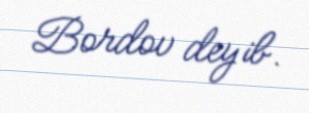
Bordov deyib.